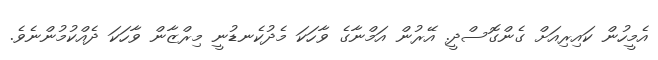
އެމީހުން ކައިރިއަށް ގެންގޮސްދީ. އޭރުން އަމްނާގެ ވާހަކަ މެދުކެނޑުނީ މިރްޒާން ވާހަކަ ދެއްކުމުންނެވެ.